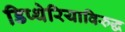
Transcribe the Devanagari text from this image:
डिप्थेरियाविरुद्ध